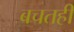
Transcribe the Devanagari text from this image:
बचतही